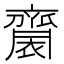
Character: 𪗋